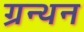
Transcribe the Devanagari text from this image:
ग्रन्थन